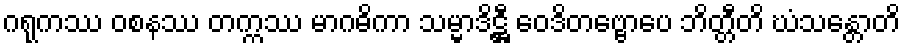
ဂရုကဿ ဝစနဿ တက္ကဿ မာဂဓိကာ သမ္မာဒိဋ္ဌီ ဝေဒိတဗ္ဗောပေ ဘိတ္တီတိ ဃံသန္တောတိ